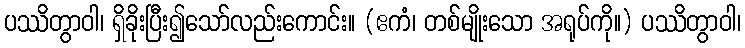
ပဿိတွာဝါ၊ ရှိခိုးပြီး၍သော်လည်းကောင်း။ (ဧကံ၊ တစ်မျိုးသော အရုပ်ကို။) ပဿိတွာဝါ၊